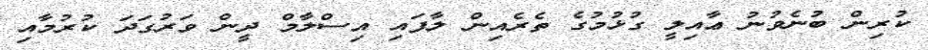
ކުރިން ބުނެވުނު ޢާއިލީ ގުޅުމުގެ ތެރެއިން ލާފައި އިސްލާމް ދީން ވަރުގަދަ ކުރުމާއި